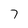
Character: 7